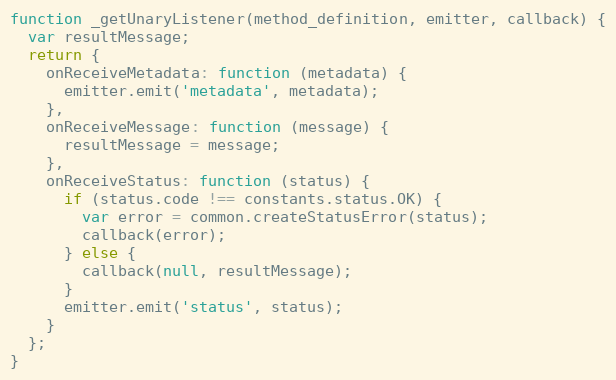
Language: JavaScript
function _getUnaryListener(method_definition, emitter, callback) {
  var resultMessage;
  return {
    onReceiveMetadata: function (metadata) {
      emitter.emit('metadata', metadata);
    },
    onReceiveMessage: function (message) {
      resultMessage = message;
    },
    onReceiveStatus: function (status) {
      if (status.code !== constants.status.OK) {
        var error = common.createStatusError(status);
        callback(error);
      } else {
        callback(null, resultMessage);
      }
      emitter.emit('status', status);
    }
  };
}